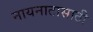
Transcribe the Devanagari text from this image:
नायनाटासाठी